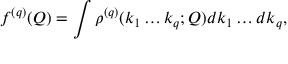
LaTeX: f ^ { ( q ) } ( Q ) = \int \rho ^ { ( q ) } ( k _ { 1 } \dots k _ { q } ; Q ) d k _ { 1 } \dots d k _ { q } ,